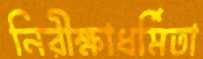
নিরীক্ষাধর্মিতা